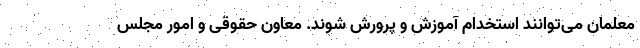
معلمان می‌توانند استخدام آموزش و پرورش شوند. معاون حقوقی و امور مجلس